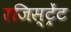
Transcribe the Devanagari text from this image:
रजिस्ट्रेंट